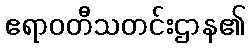
ဧရာဝတီသတင်းဌာန၏